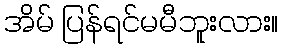
အိမ် ပြန်ရင်မမီဘူးလား။